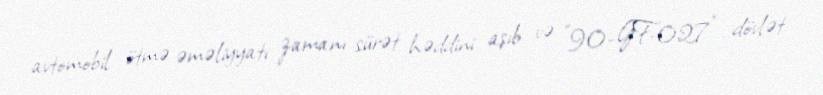
avtomobil ötmə əməliyyatı zamanı sürət həddini aşıb və "90-GF-027" dövlət